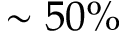
\sim 5 0 \%